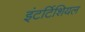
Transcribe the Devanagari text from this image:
इंटर्टिशियल